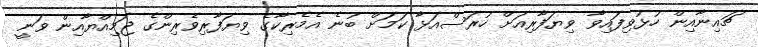
ޗައިނާއިން ހުޅުވިފައިވާ ވިޔަފާރިއަށް ހުރަސްއަޅާ ކަމަށް ބުނެ އެމެރިކާގެ ވިޔަފާރިވެރިންގެ ޖަމިއްޔާއިން ވަނީ